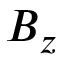
B _ { z }